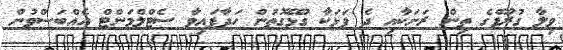
ވިލާ ގުރޫޕްގެ ތިން ރަށަކާއި ދެ ފަޅަކާ ގުޅޭގޮތުން ހަދާފައިވާ ސެޓްލްމަންޓް އެއްބަސްވުން